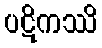
ပဋိကဿိ